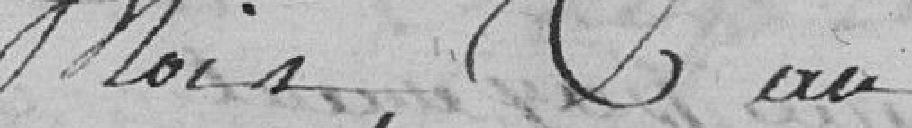
mois, et an